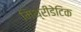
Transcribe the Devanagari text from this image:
मिथ्रीडेटिक